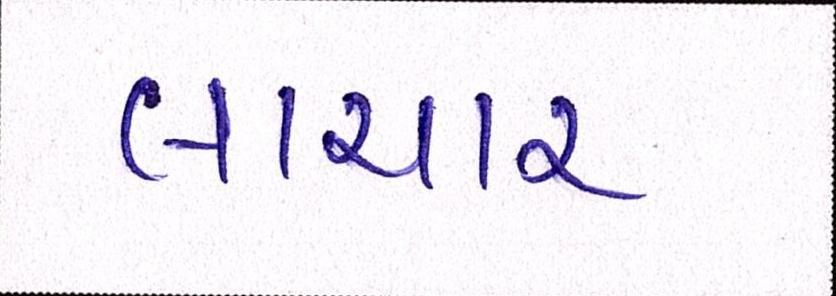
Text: લાચાર